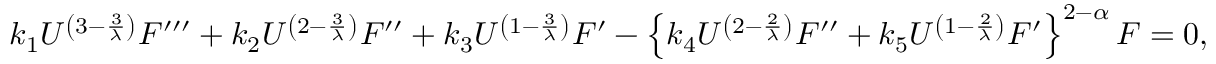
k _ { 1 } U ^ { \left( 3 - \frac { 3 } { \lambda } \right) } F ^ { \prime \prime \prime } + k _ { 2 } U ^ { \left( 2 - \frac { 3 } { \lambda } \right) } F ^ { \prime \prime } + k _ { 3 } U ^ { \left( 1 - \frac { 3 } { \lambda } \right) } F ^ { \prime } - \left\{ k _ { 4 } U ^ { \left( 2 - \frac { 2 } { \lambda } \right) } F ^ { \prime \prime } + k _ { 5 } U ^ { \left( 1 - \frac { 2 } { \lambda } \right) } F ^ { \prime } \right\} ^ { 2 - \alpha } F = 0 ,